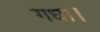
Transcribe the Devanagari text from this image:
गधा।